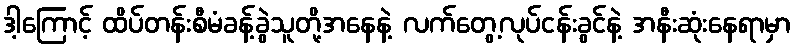
ဒါ့ကြောင့် ထိပ်တန်းစီမံခန့်ခွဲသူတို့အနေနဲ့ လက်တွေ့လုပ်ငန်းခွင်နဲ့ အနီးဆုံးနေရာမှာ